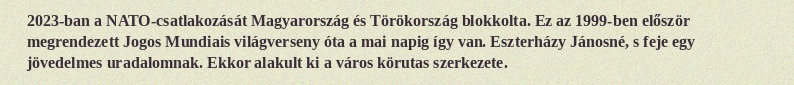
2023-ban a NATO-csatlakozását Magyarország és Törökország blokkolta. Ez az 1999-ben először megrendezett Jogos Mundiais világverseny óta a mai napig így van. Eszterházy Jánosné, s feje egy jövedelmes uradalomnak. Ekkor alakult ki a város körutas szerkezete.